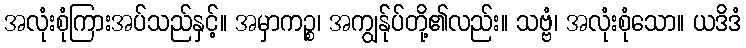
အလုံးစုံကြားအပ်သည်နှင့်။ အမှာကဉ္စ၊ အကျွန်ုပ်တို့၏လည်း။ သဗ္ဗံ၊ အလုံးစုံသော။ ယဒိဒံ